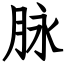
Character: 脉